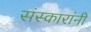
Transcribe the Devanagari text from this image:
संस्कारांनी